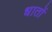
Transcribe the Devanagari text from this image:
धातों